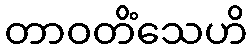
တာဝတိံသေဟိ